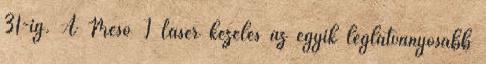
31-ig. A Meso I Laser kezelés az egyik leglátványosabb